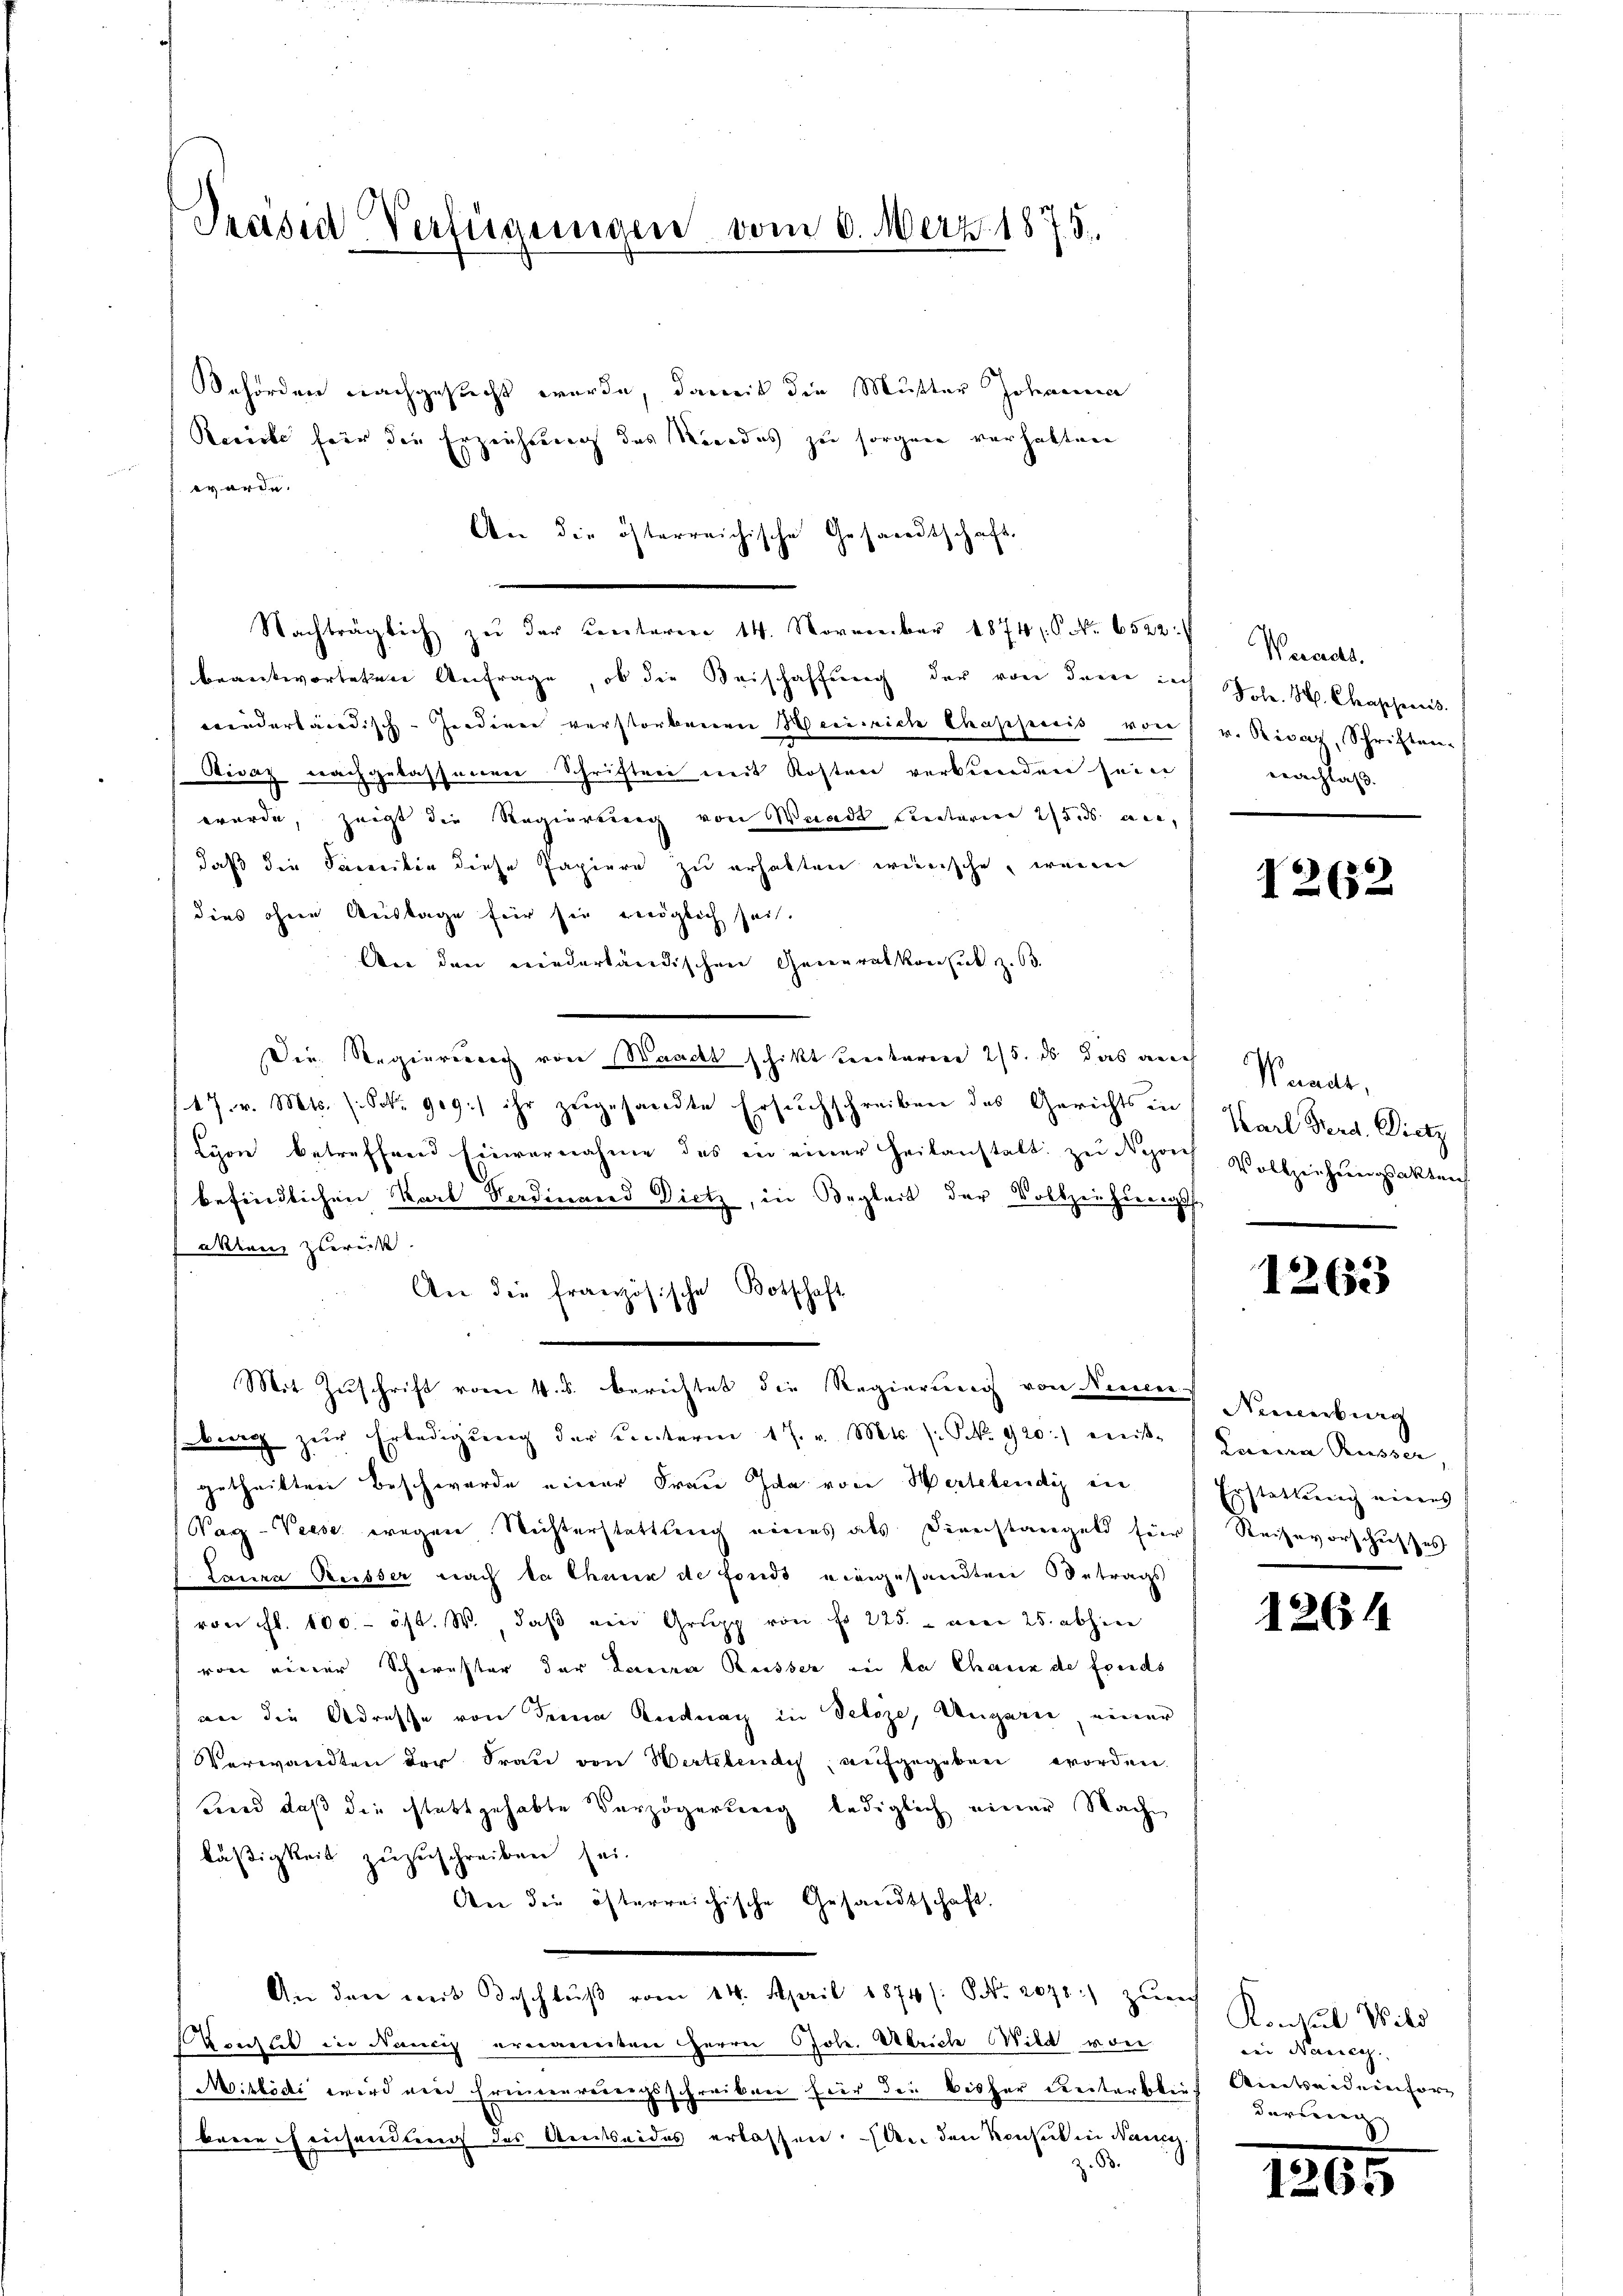
Prasen Verfügungen vom 6. Merz 1875.

eforden nachgesucht wurde, damit die Mutter Johanne
Recicke für die Erzeichnung des Nordes zu sorgen verhalten
würde.
An die österreichische Gesandtschaft.
Nachträglich zŭ der Centeren 14. November 1874. No. 6522:
beantworteten Anfrage, ob die Beischaffung der von dem ins
wiederländisch-Jendiren verstorbenen Heinrich Chapjicis von v. Rivaz, Schriften-
Sivaz nachgelassneren Schriften mit Kosten verbunden sein
wurde, zeigt die Regierung von Waadt unterner 250 an,
daß die Soweitin diese Papiere zu erhalten wirsche, wenn
dies ohnen Restage für sie möglich sei.
An den niederländischen Generalkonsuk z. 63.
Die Regierung von Waadt schikt Rectoren 25. ds das auch Punct,
17. v. Mts. 1. Oct. 909.) ihr zugesandte Ersuchschreiben des Gerichts in
Lyon betreffend Einvernahme des in einer Heilanstalt zu Negoch
befindlichen Karl Verdinand Dietz, in Begleit der Vollziehungsf
akten zurüsse.
An die französische Botschaft
Mit Zuschrift vom 4. s. berichtet die Regierung von Neuen Neerburg
burg zŭr Erledigŭng der unterm 17. v. Mts. (: NNo. 920.) mit Zara Russer.
getheilten Beschwerde einer Frau Ida von Wertelendig in
(Nag-Veese wegen Nichterstattlung eines als Dienstangeld für Reisevorschusses
Laura Reisser nach da thane de fonds eingesandten Betrags
von fl. 100.- ist. W., daβ ein Grupp von fr 225. unen 25. abherr
von einer Schwester der Lacra Reisser in da Chaux de fonds
an die Adresse von dem Kndnach in Veloze, Ungarn, einer
Verwandten der Frau von Wertelendig, aufgegeben worden.
wird daß die stattgehabte Verzögerung lediglich einer Nach
läßigkeit zuzuschreiben sei.
An die österreichische Gesandtschaft.
An den mit Beschlŭβ vom 14. April 1874 /: NNo. 2078) zum
Vonsul in Francip ernannten Herrn Gole. Abreiche Wild von
Mislödi wird ein Erinnereinigsschreiben für die bisher Unterbleich Amtseidenforberre hinsendung des Amtseides erlassen. An den Konsieh in Danig
Z. 63.

Wereds.
Fole. H. Chasseres
nachlaß.

12 (12

Karl Ferd. Dietz
Vollziehungsakten

1263

Erstattung einers

1261

Konsul Wild
bei Nancy. |
derung

1265